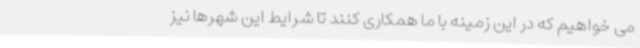
می خواهیم که در این زمینه با ما همکاری کنند تا شرایط این شهرها نیز